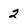
Character: 2